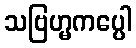
သဗြဟ္မကပ္ပေါ